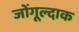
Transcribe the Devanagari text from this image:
जोंगूल्दाक